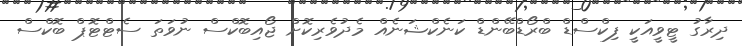
ދިރާގު ޓީވީއަކީ ފިކްސްޑް ބްރޯޑްބޭންޑް ކަނެކްޝަނެއް މެދުވެރިކޮށް ޖޯއިބޮކްސް ނުވަތަ ސެޓްޓޮޕް ބޮކްސް